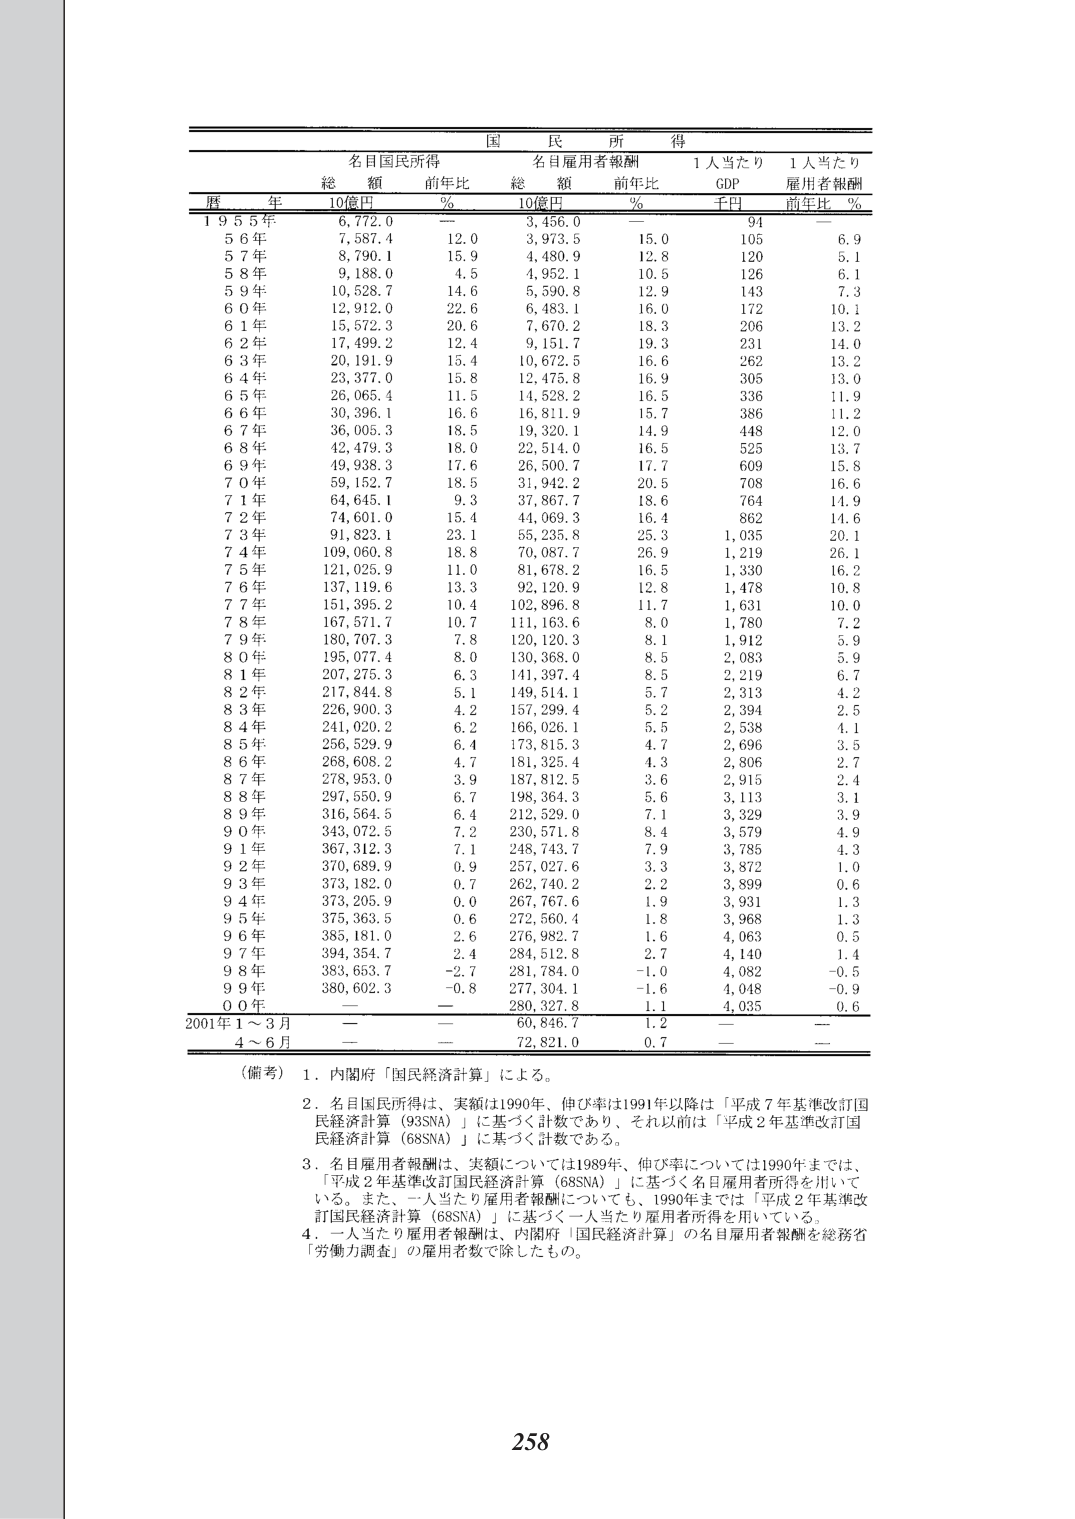
国民所得

名目国民所得　　　　　　　名目雇用者報酬　　　　　　1人当たり　　　1人当たり
　　　　　　　　総額　前年比　　　　総額　前年比　　　　GDP　　　雇用者報酬
暦　　年　　　10億円　%　　　　10億円　%　　　　千円　　　前年比　%

1955年　　　6,772.0　—　　　　3,456.0　—　　　　94　　　　—
56年　　　　7,587.4　12.0　　　3,973.5　15.0　　　105　　　6.9
57年　　　　8,790.1　15.9　　　4,480.9　12.8　　　120　　　5.1
58年　　　　9,188.0　4.5　　　　4,952.1　10.5　　　126　　　6.1
59年　　　　10,528.7　14.6　　　5,590.8　12.9　　　143　　　7.3
60年　　　　12,912.0　22.6　　　6,483.1　16.0　　　172　　　10.1
61年　　　　15,572.3　20.6　　　7,670.2　18.3　　　206　　　13.2
62年　　　　17,499.2　12.4　　　9,151.7　19.3　　　231　　　14.0
63年　　　　20,191.9　15.4　　　10,672.5　16.6　　　262　　　13.2
64年　　　　23,377.0　15.8　　　12,475.8　16.9　　　305　　　13.0
65年　　　　26,065.4　11.5　　　14,528.2　16.5　　　336　　　11.9
66年　　　　30,396.1　16.6　　　16,811.9　15.7　　　386　　　11.2
67年　　　　36,005.3　18.5　　　19,320.1　14.9　　　448　　　12.0
68年　　　　42,479.3　18.0　　　22,514.0　16.5　　　525　　　13.7
69年　　　　49,938.3　17.6　　　26,500.7　17.7　　　609　　　15.8
70年　　　　59,152.7　18.5　　　31,942.2　20.5　　　708　　　16.6
71年　　　　64,645.1　9.3　　　　37,867.7　18.6　　　764　　　14.9
72年　　　　74,601.0　15.4　　　44,069.3　16.4　　　862　　　14.6
73年　　　　91,823.1　23.1　　　55,235.8　25.3　　　1,035　　　20.1
74年　　　　109,060.8　18.8　　　70,087.7　26.9　　　1,219　　　26.1
75年　　　　121,025.9　11.0　　　81,678.2　16.5　　　1,330　　　16.2
76年　　　　137,119.6　13.3　　　92,120.9　12.8　　　1,478　　　10.8
77年　　　　151,395.2　10.4　　　102,896.8　11.7　　　1,631　　　10.0
78年　　　　167,571.7　10.7　　　111,163.6　8.0　　　1,780　　　7.2
79年　　　　180,707.3　7.8　　　　120,120.3　8.1　　　1,912　　　5.9
80年　　　　195,077.4　8.0　　　　130,368.0　8.5　　　2,083　　　5.9
81年　　　　207,275.3　6.3　　　　141,397.4　8.5　　　2,219　　　6.7
82年　　　　217,844.8　5.1　　　　149,514.1　5.7　　　2,313　　　4.2
83年　　　　226,900.3　4.2　　　　157,299.4　5.2　　　2,394　　　2.5
84年　　　　241,020.2　6.2　　　　166,026.1　5.5　　　2,538　　　4.1
85年　　　　256,529.9　6.4　　　　173,815.3　4.7　　　2,696　　　3.5
86年　　　　268,608.2　4.7　　　　181,325.4　4.3　　　2,806　　　2.7
87年　　　　278,953.0　3.9　　　　187,812.5　3.6　　　2,915　　　2.4
88年　　　　297,550.9　6.7　　　　198,364.3　5.6　　　3,113　　　3.1
89年　　　　316,564.5　6.4　　　　212,529.0　7.1　　　3,329　　　3.9
90年　　　　343,072.5　7.2　　　　230,571.8　8.4　　　3,579　　　4.9
91年　　　　367,312.3　7.1　　　　248,743.7　7.9　　　3,785　　　4.3
92年　　　　370,689.9　0.9　　　　257,027.6　3.3　　　3,872　　　1.0
93年　　　　373,182.0　0.7　　　　262,740.2　2.2　　　3,899　　　0.6
94年　　　　373,205.9　0.0　　　　267,767.6　1.9　　　3,931　　　1.3
95年　　　　375,363.5　0.6　　　　272,560.4　1.8　　　3,968　　　1.3
96年　　　　385,181.0　2.6　　　　276,982.7　1.6　　　4,063　　　0.5
97年　　　　394,354.7　2.4　　　　284,512.8　2.7　　　4,140　　　1.4
98年　　　　383,653.7　-2.7　　　281,784.0　-1.0　　　4,082　　　-0.5
99年　　　　380,602.3　-0.8　　　277,304.1　-1.6　　　4,048　　　-0.9
00年　　　　—　　　　—　　　　280,327.8　1.1　　　4,035　　　0.6

2001年1～3月　—　　—　　60,846.7　1.2　　—　　—
　　　4～6月　—　　—　　72,821.0　0.7　　—　　—

（備考）1．内閣府「国民経済計算」による。
　　　2．名目国民所得は、実額は1990年、伸び率は1991年以降は「平成7年基準改訂国民経済計算（93SNA）」に基づく計数であり、それ以前は「平成2年基準改訂国民経済計算（68SNA）」に基づく計数である。
　　　3．名目雇用者報酬は、実額については1989年、伸び率については1990年までは、「平成2年基準改訂国民経済計算（68SNA）」に基づく名目雇用者所得を用いている。また、一人当たり雇用者報酬についても、1990年までは「平成2年基準改訂国民経済計算（68SNA）」に基づく一人当たり雇用者所得を用いている。
　　　4．一人当たり雇用者報酬は、内閣府「国民経済計算」の名目雇用者報酬を総務省「労働力調査」の雇用者数で除したもの。

258